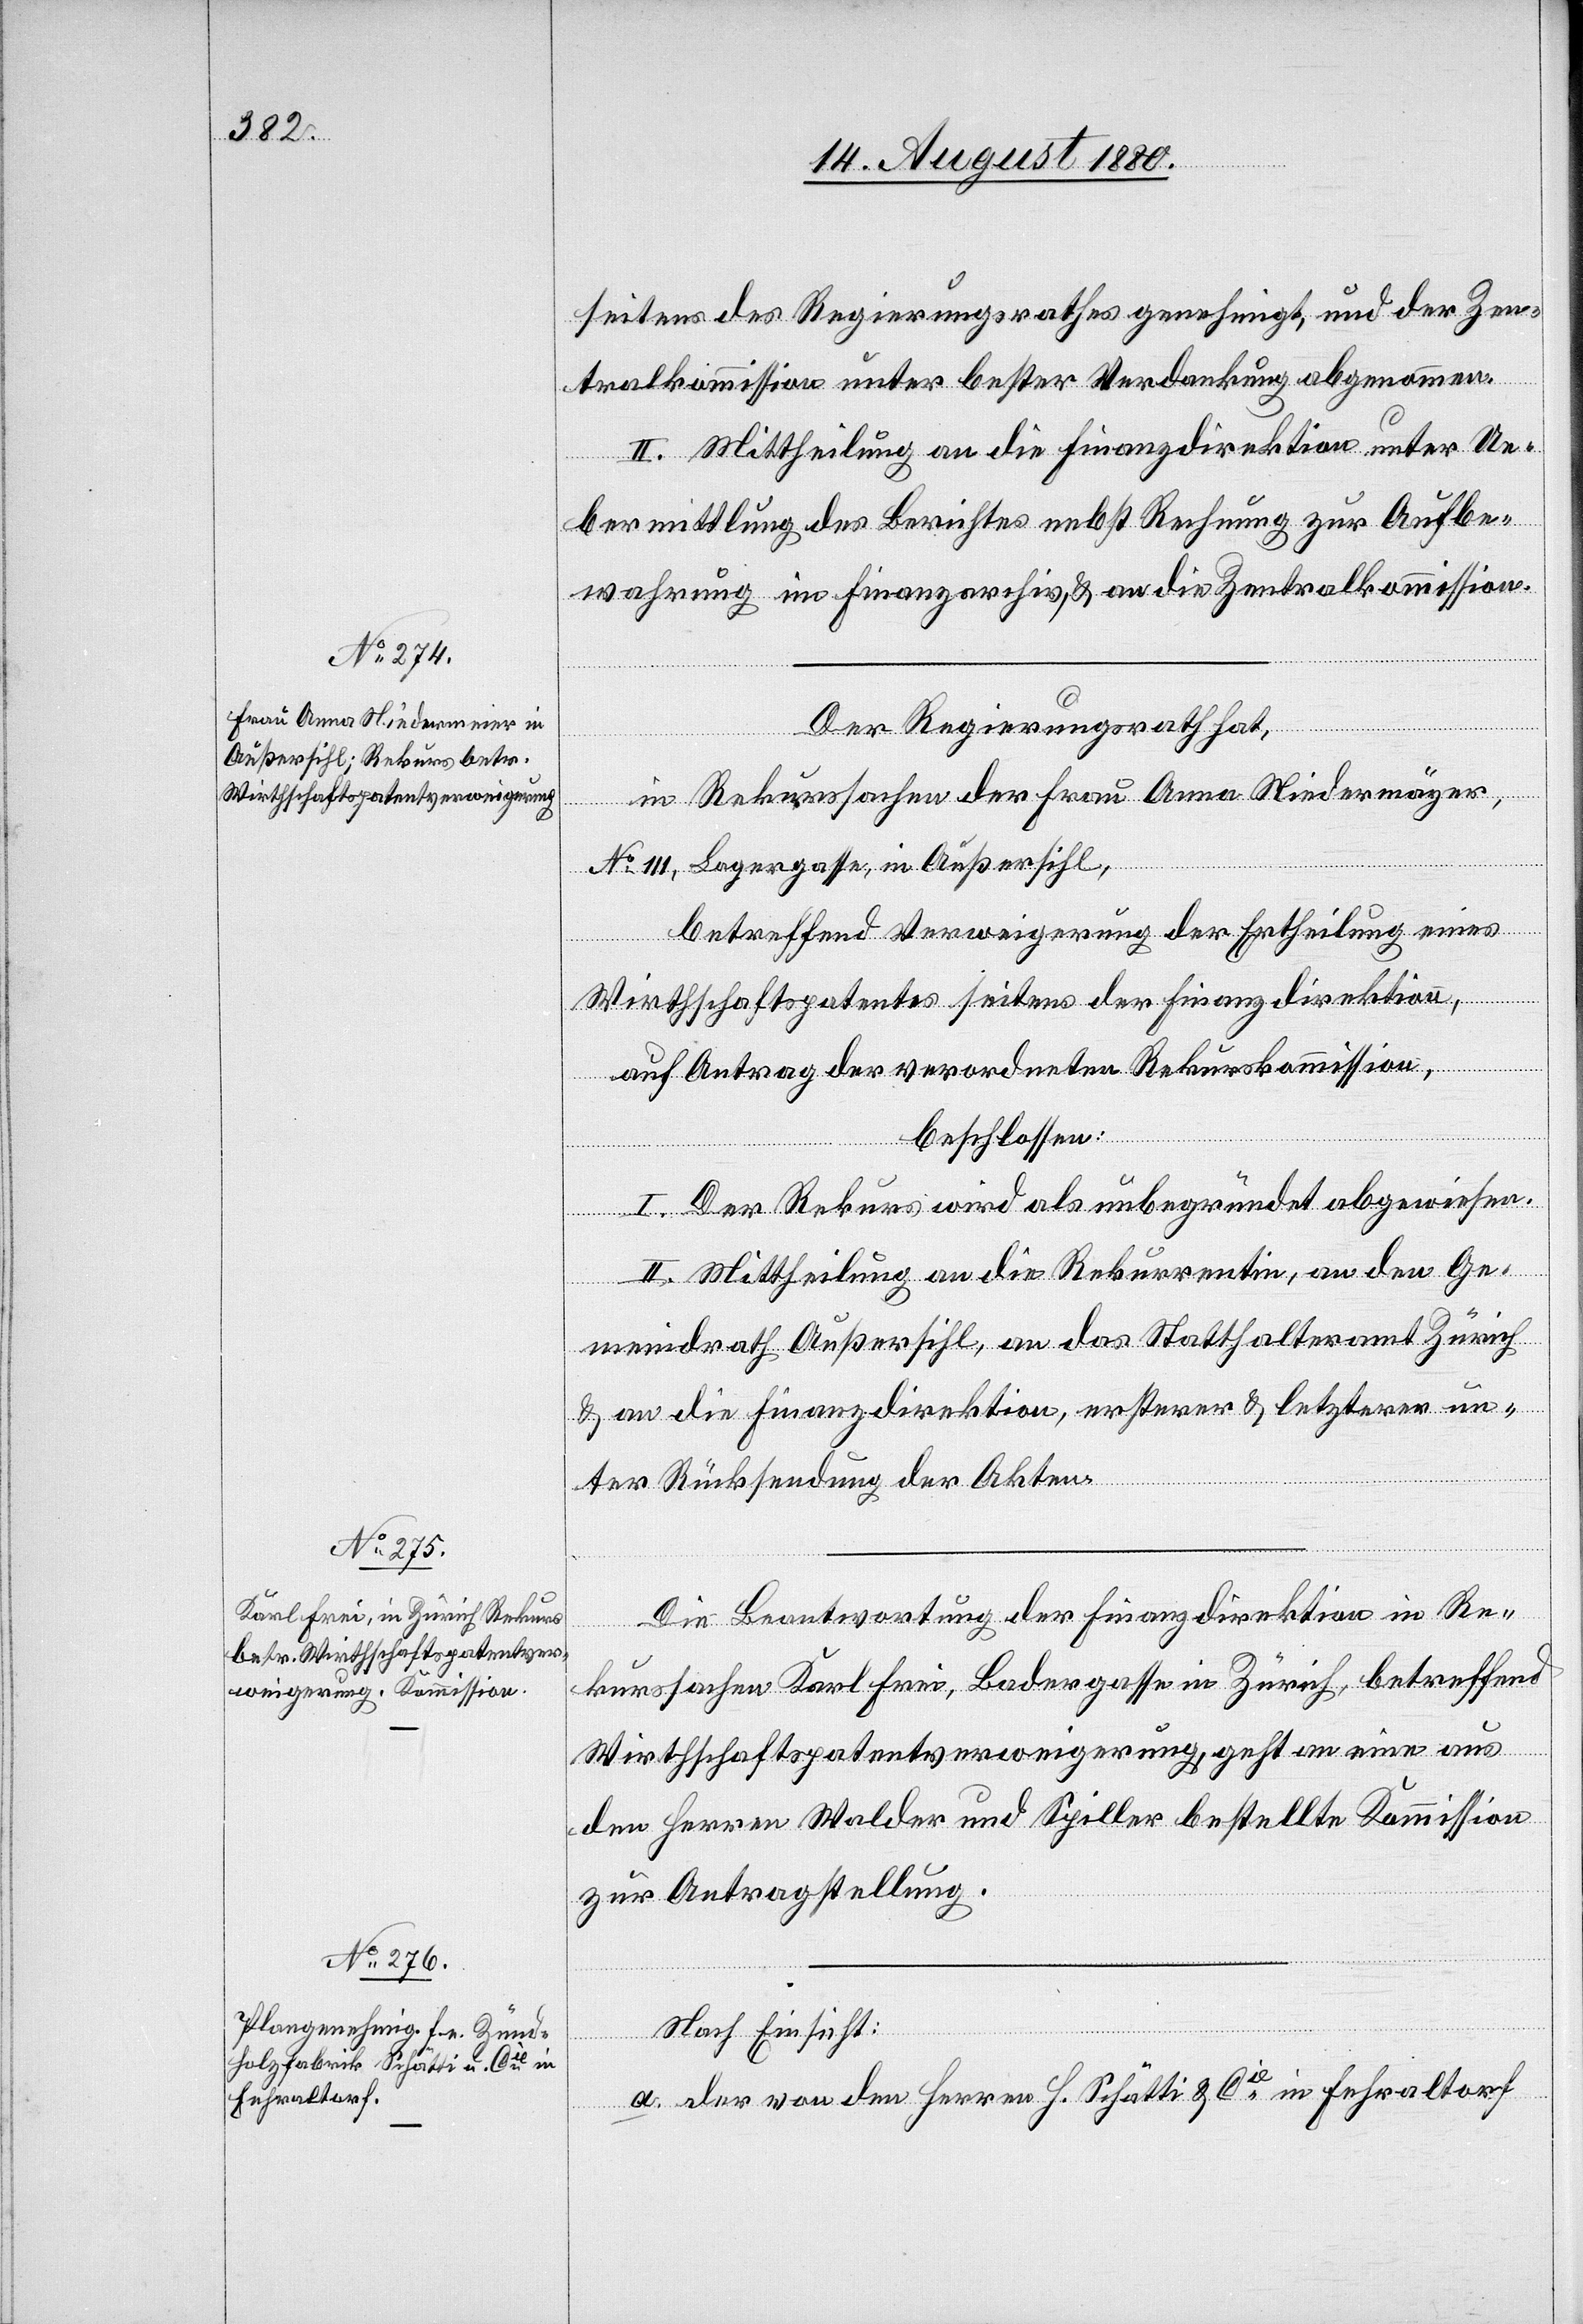
seitens des Regierungsrathes genehmigt, und der Zen¬
tralkommission unter bester Verdankung abgenommen.
II. Mittheilung an die Finanzdirektion unter Ue¬
bermittlung des Berichtes nebst Rechnung zur Aufbe¬
wahrung im Finanzarchiv, & an die Zentralkommission.
Der Regierungsrath hat,
in Rekurssachen der Frau Anna Niedermayer,
No 111, Lagergasse, in Außersihl,
betreffend Verweigerung der Ertheilung eines
Wirthschaftspatentes seitens der Finanzdirektion,
auf Antrag der verordneten Rekurskommission,
beschlossen:
I. Der Rekurs wird als unbegründet abgewiesen.
II. Die Mittheilung an die Rekurrentin, an den Ge¬
meindrath Außersihl, an das Statthalteramt Zürich
& an die Finanzdirektion, ersterer & letzterer un¬
ter Rücksendung der Akten.
Die Beantwortung der Finanzdirektion in Re¬
kurssachen Karl Frei, Badergasse in Zürich, betreffend
Wirthschaftspatentverweigerung, geht an eine aus
den Herren Walder und Spiller bestellte Kommission
zur Antragstellung.
Nach Einsicht:
a. der von den Herren H. Schätti & Cie in Fehraltorf